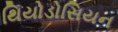
થિયોડોસિયન